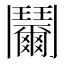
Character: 𩰞